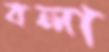
বলা